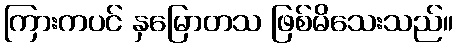
ကြားကပင် နှမြောတသ ဖြစ်မိသေးသည်။